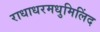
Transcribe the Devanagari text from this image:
राधाधरमधुमिलिंद